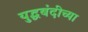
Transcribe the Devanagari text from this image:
युद्धबंदीच्या